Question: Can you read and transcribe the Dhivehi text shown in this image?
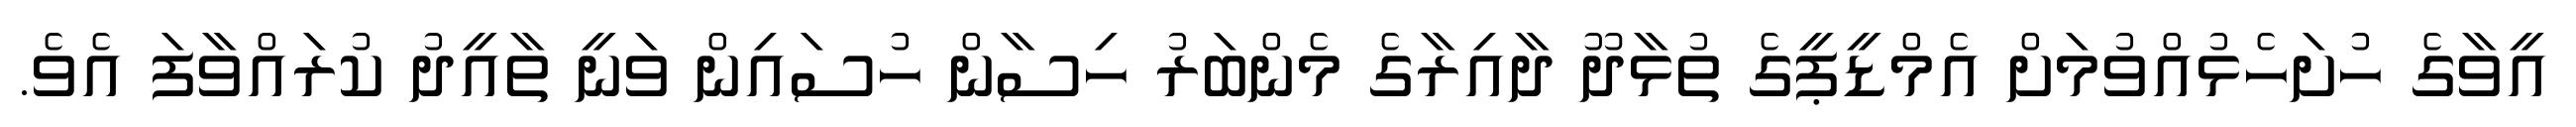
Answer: އީވާގެ ހުށަހެޅުއްވުމަށް އެމްޑީޕީގެ ތުޅާދޫ ދާއިރާގެ މެންބަރު ހިސާން ހުސައިން ވަނީ ތާއީދު ކުރައްވާފަ އެވެ.